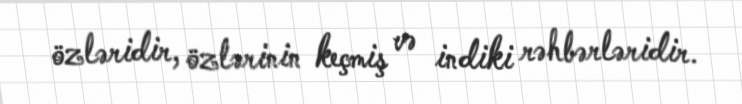
özləridir, özlərinin keçmiş və indiki rəhbərləridir.